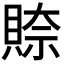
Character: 𮚎